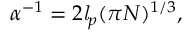
\alpha ^ { - 1 } = 2 \mathit { l } _ { p } ( \pi N ) ^ { 1 / 3 } ,